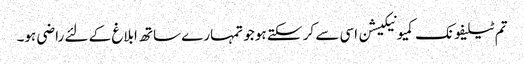
تم ٹیلیفونک کمیونیکیشن اسی سے کر سکتے ہو جو تمہارے ساتھ ابلاغ کے لئے راضی ہو۔